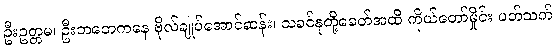
ဦးဥတ္တမ၊ ဦးဘဘေကနေ ဗိုလ်ချုပ်အောင်ဆန်း၊ သခင်နုတို့ခေတ်အထိ ကိုယ်တော်မှိုင်း ပတ်သက်